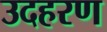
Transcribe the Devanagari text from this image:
उदहरण